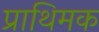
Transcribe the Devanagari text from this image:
प्राथिमक